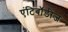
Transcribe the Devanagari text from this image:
एंटिबॉडीज